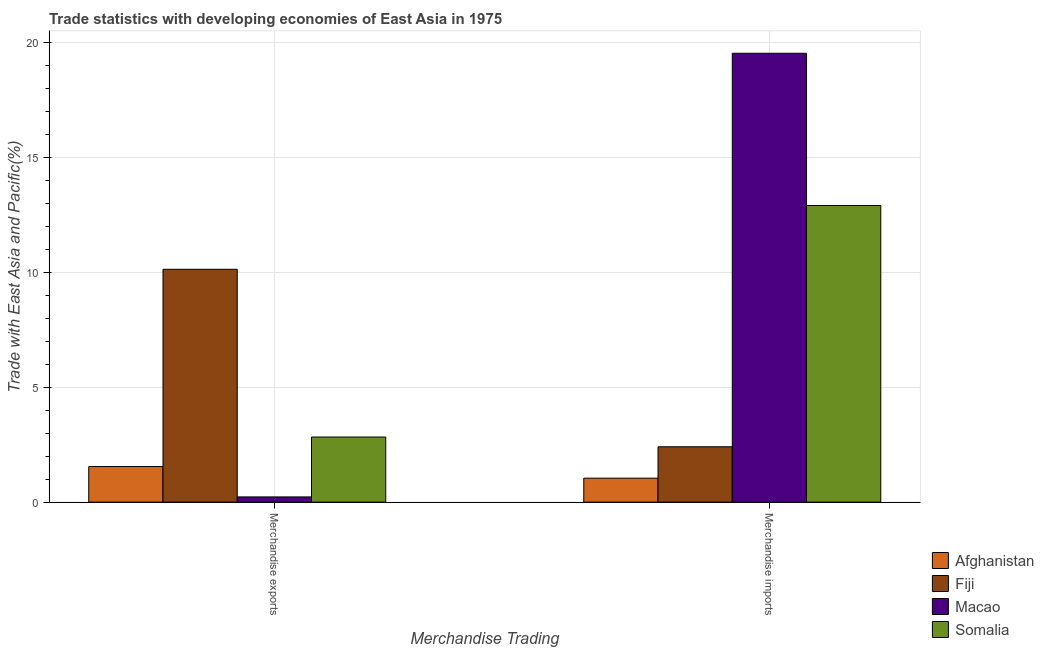
| Merchandise Trading | Afghanistan | Fiji | Macao | Somalia |
 | --- | --- | --- | --- | --- |
 | Merchandise exports | 1.55 | 10.1 | 0.227 | 2.83 |
 | Merchandise imports | 1.04 | 2.41 | 19.5 | 12.9 |